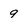
Character: 9